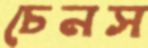
চেনস